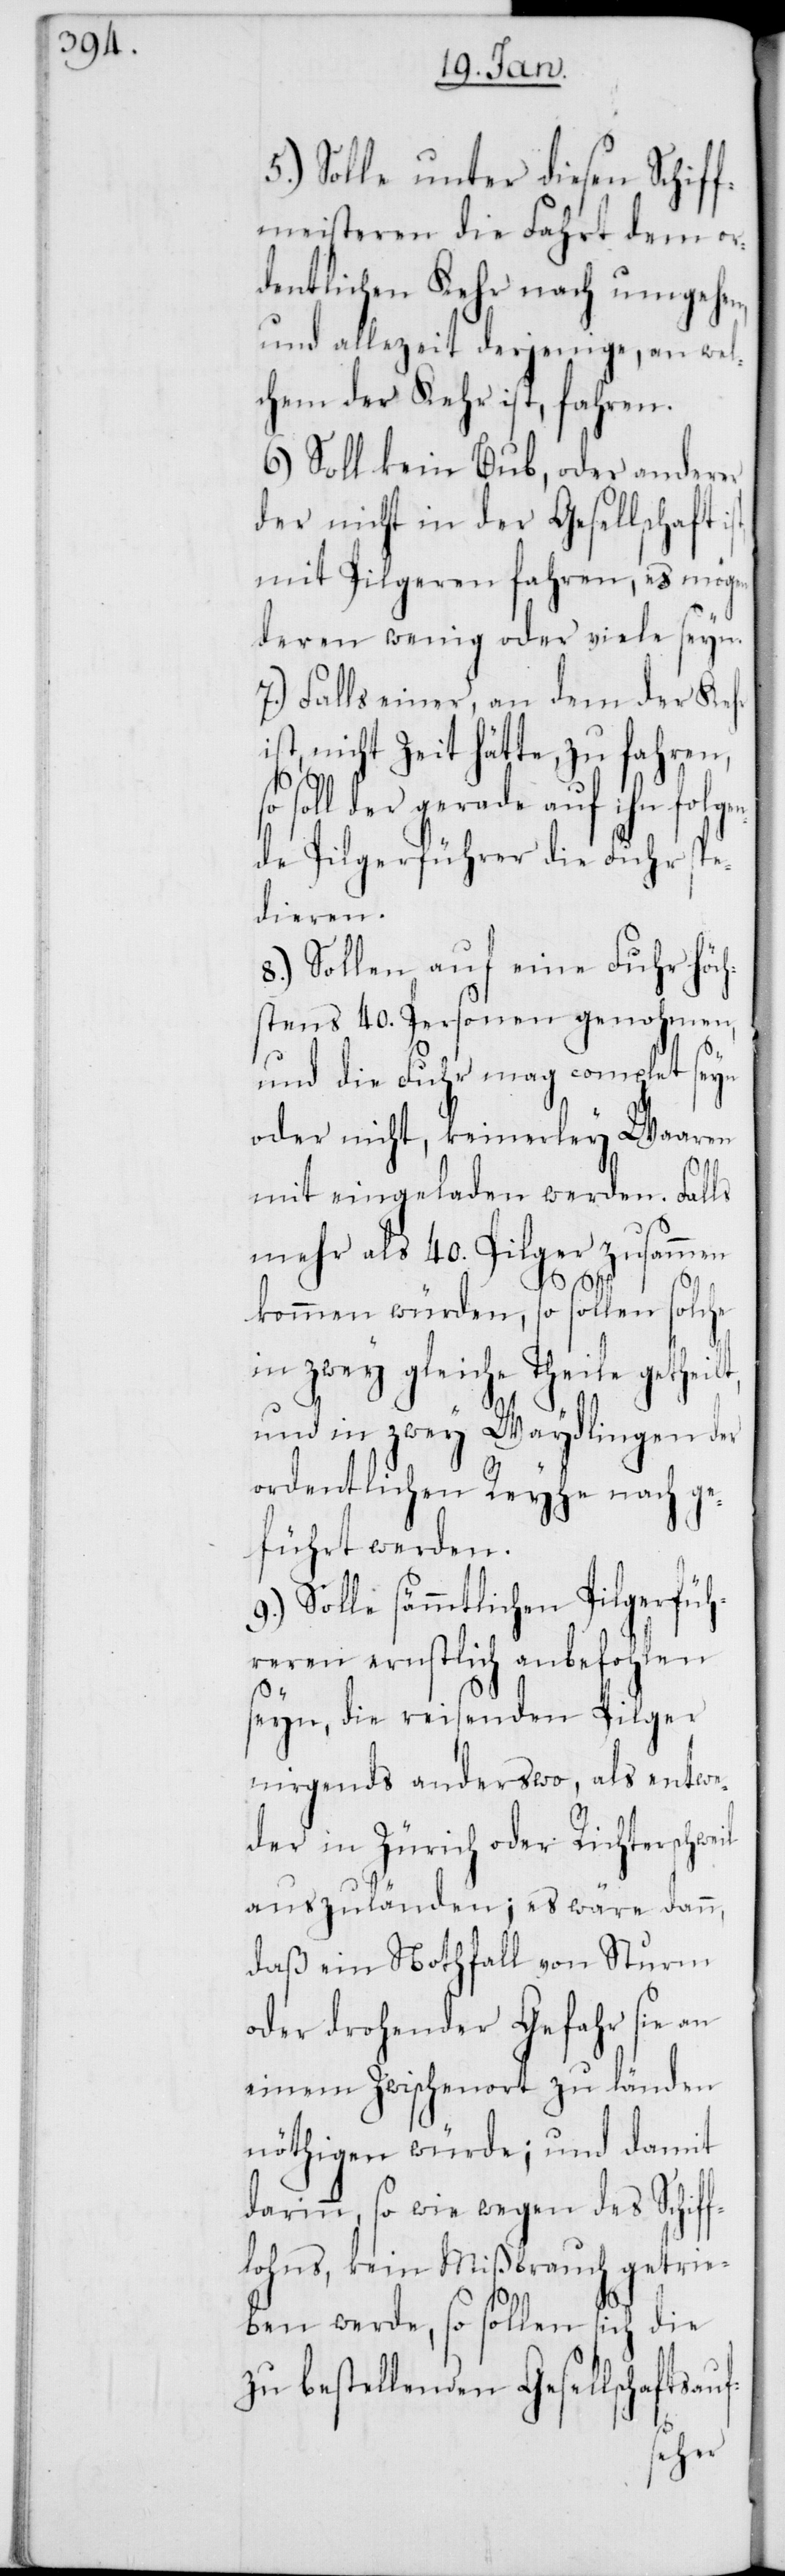
5.) Solle unter diesen Schif¬
fmeisteren die Fahrt dem or¬
dentlichen Kehr nach umgehen,
und allezeit derjenige, an wel¬
chem der Kehr ist, fahren.
6.) Soll kein Bub, oder anderer
der nicht in der Gesellschaft
mit Pilgeren fahren, es mögen
deren wenig oder viele seyn.
7.) Falls einer, an dem der Kehr
ist, nicht Zeit hätte, zu fahren,
soll der gerade auf ihn folge¬
nde Pilgerführer die Fuhr spe¬
dieren.
8.) Sollen auf eine Fuhr höc¬
hstens 40. Personen genohmen,
und die Fuhr mag complett seyn
oder nicht, keinerley Waaren
t,
mit eingeladen werden. Falls
mehr als 40. Pilger zusammen
kommen würden, so sollen solche
in zwey gleiche Theile getheil¬
und in zwey Waydlingen der
ordentlichen Reihe nach ge¬
führt werden.
9.) Solle sämmtlichen Pilgerfüh¬
reren ernstlich anbefohlen
seyn, die reisenden Pilger
nirgends anderswo, als entwe¬
der in Zürich oder Richterschweil
auszuländen; es wäre dann,
daß ein Nothfall von Sturm
oder drohender Gefahr sie an
einem Zwischenort zu länden
nöthigen würde; und damit
darinn, so wie wegen des Schif¬
flohns, kein Mißbrauch getrie¬
ben werde, so sollen sich die
zu bestellenden Gesellschaftsauf-